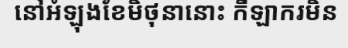
នៅអំឡុងខែមិថុនានោះ កីឡាករមិន